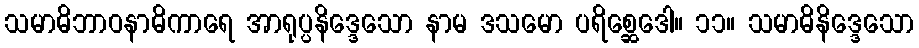
သမာဓိဘာဝနာဓိကာရေ အာရုပ္ပနိဒ္ဒေသော နာမ ဒသမော ပရိစ္ဆေဒေါ။ ၁၁။ သမာဓိနိဒ္ဒေသော